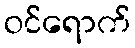
ဝင်ရောက်